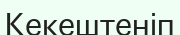
Кекештеніп